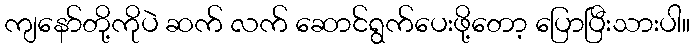
ကျနော်တို့ကိုပဲ ဆက် လက် ဆောင်ရွက်ပေးဖို့တော့ ပြောပြီးသားပါ။